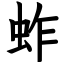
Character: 蚱